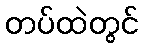
တပ်ထဲတွင်